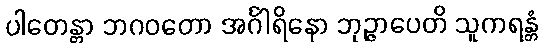
ပါတေန္တာ ဘဂဝတော အင်္ဂါရိနော ဘုဉ္ဇာပေတိ သူကရန္တံ